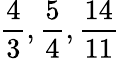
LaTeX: {\frac{4}{3}},{\frac{5}{4}},{\frac{14}{11}}